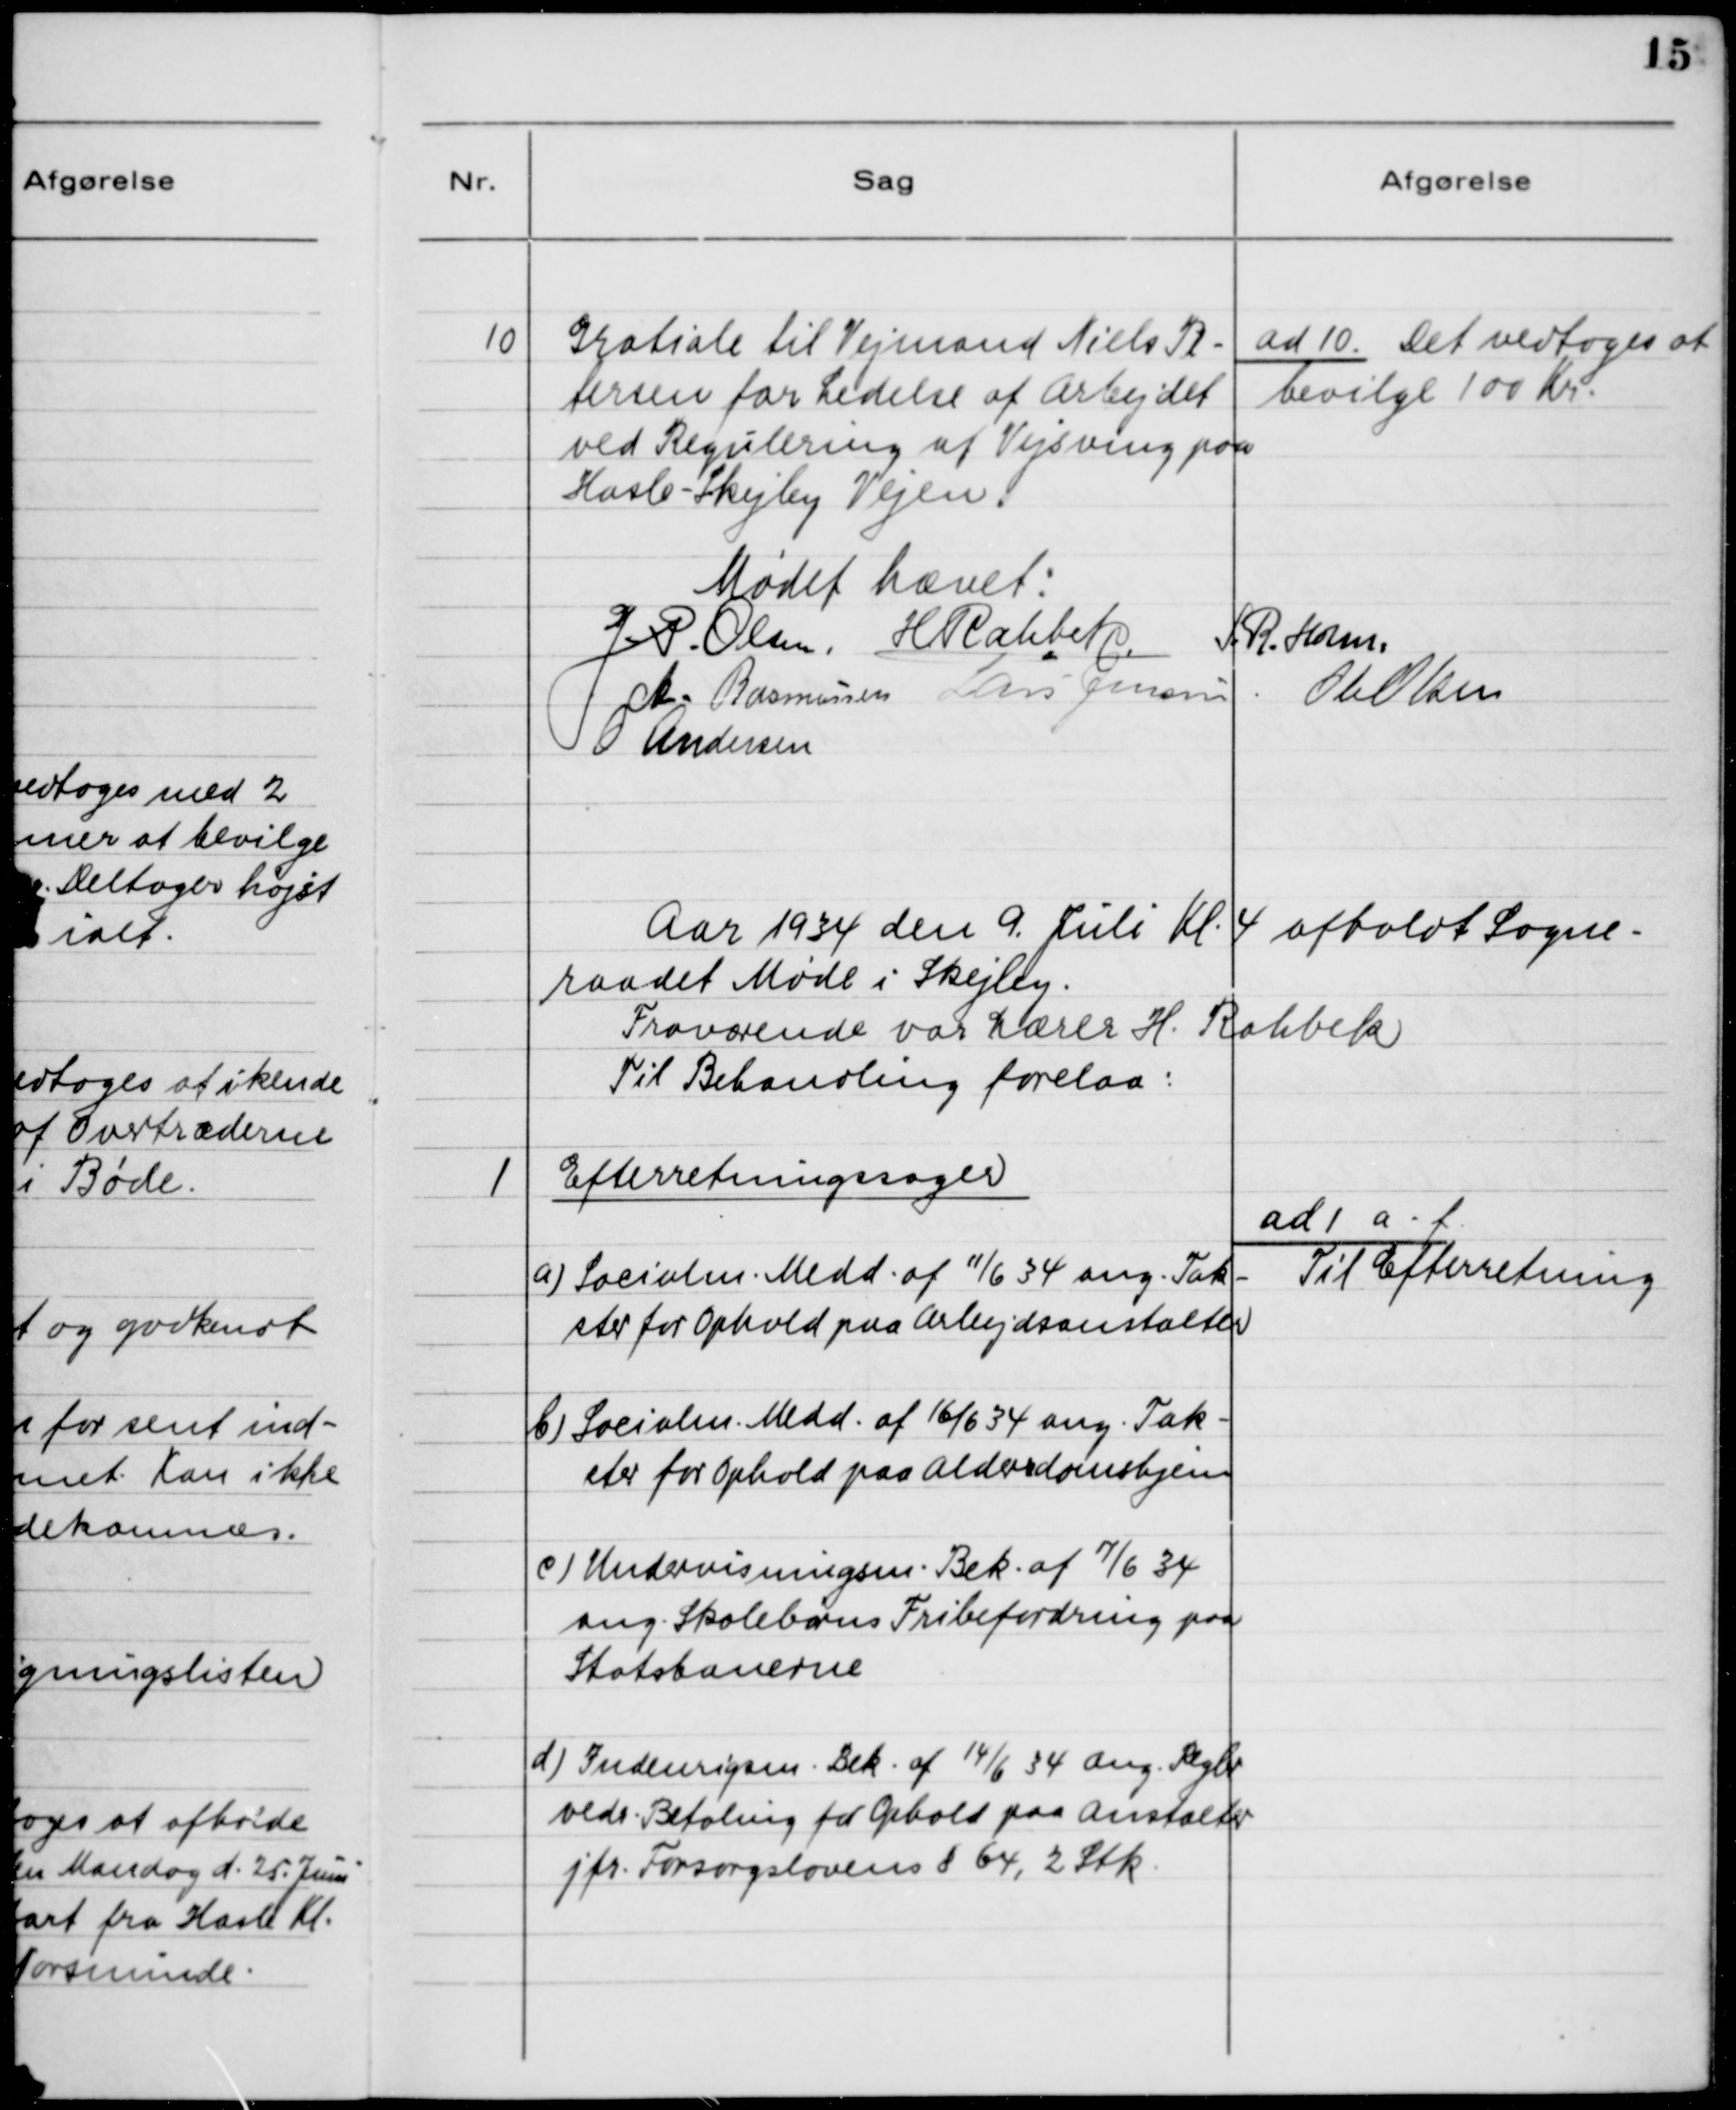
Transskription:
10

Gratiale til Vejmand Niels Pe-
tersen for Ledelse af Arbejdet
ved Regulering af Vejsving paa
Hasle - Skejby Vejen.

ad 10. Det vedtoges at
bevilge 100 Kr.

Mødet hævet.

Aar 1934 den 9. Juli Kl. 4 afholdt Sogne-
raadet Møde i Skejby.
Fraværende var Lærer H. Rahbek
Til Behandling forelaa:

1

Efterretningssager
a) Socialm. Medd. af 11/6 34 ang. Tak-
ster for Ophold paa Arbejdsanstalter
b) Socialm. Medd. af 16/6 34 ang. Tak-
ster for ophold paa Alderdomshjem
c) Undervisningsm. Bek. af 7/6 34
ang. Skolebørns Fribefordring paa
Statsbanerne
d) Indenrigsm. Bek. af 14/6 34 ang. Regler
vedr. Betaling for Ophold paa Anstalter
jfr. Forsorgslovens §64, 2 Stk.

ad 1 a - f.
Til Efterretning